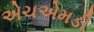
એચએમડી